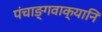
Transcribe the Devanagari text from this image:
पंचाङ्गवाक्यानि